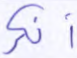
أنكر